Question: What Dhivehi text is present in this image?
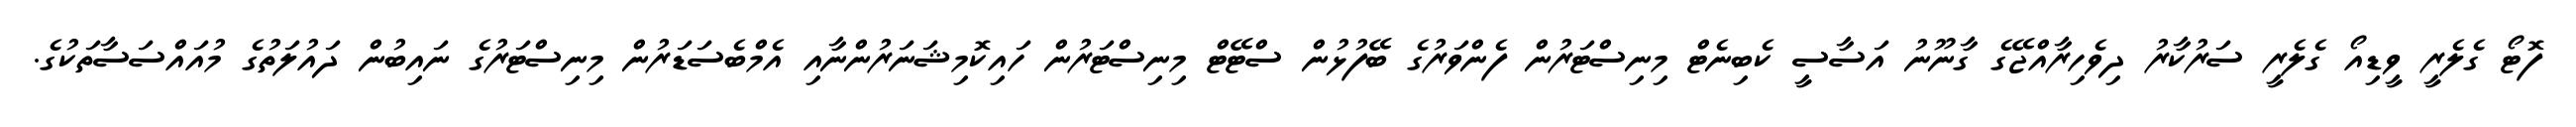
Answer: ފޮޓޯ ގެލެރީ ވީޑިއޯ ގެލެރީ ސަރުކާރު ދިވެހިރާއްޖޭގެ ގާނޫނު އަސާސީ ކެބިނެޓް މިނިސްޓަރުން ފެންވަރުގެ ބޭފުޅުން ސްޓޭޓް މިނިސްޓަރުން ހައިކޮމިޝަނަރުންނާއި އެމްބެސަޑަރުން މިނިސްޓަރުގެ ނައިބުން ދައުލަތުގެ މުއައްސަސާތަކުގެ.